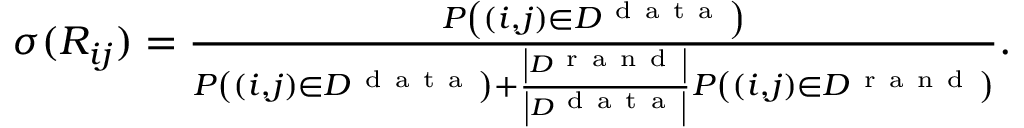
\begin{array} { r } { \sigma ( R _ { i j } ) = \frac { P \left( ( i , j ) \in { \cal D } ^ { \mathrm { ~ d ~ a ~ t ~ a ~ } } \right) } { P \left( ( i , j ) \in { \cal D } ^ { \mathrm { ~ d ~ a ~ t ~ a ~ } } \right) + \frac { \left| { \cal D } ^ { \mathrm { ~ r ~ a ~ n ~ d ~ } } \right| } { \left| { \cal D } ^ { \mathrm { ~ d ~ a ~ t ~ a ~ } } \right| } P \left( ( i , j ) \in { \cal D } ^ { \mathrm { ~ r ~ a ~ n ~ d ~ } } \right) } . } \end{array}